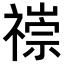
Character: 𥛢